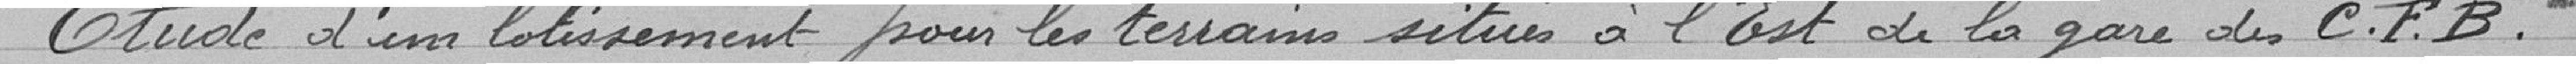
Etude d'un lotissement pour les terrains situés à l'Est de la gare des C.F.B.